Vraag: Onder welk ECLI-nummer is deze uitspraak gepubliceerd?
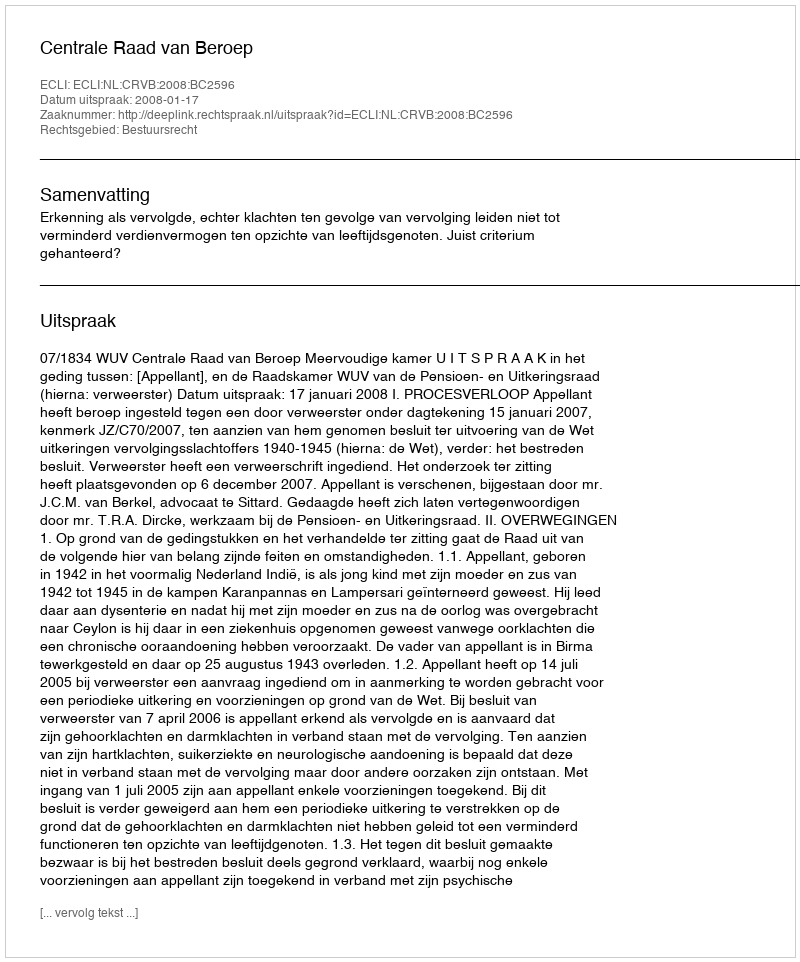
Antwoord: ECLI:NL:CRVB:2008:BC2596